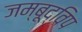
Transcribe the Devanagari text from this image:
जम्बूद्विप